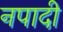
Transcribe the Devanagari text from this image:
नपादी